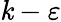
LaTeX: \mathit{k}-\varepsilon